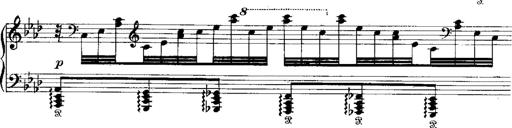
Title: Miserere du Trovatore
Composer: Franz Liszt